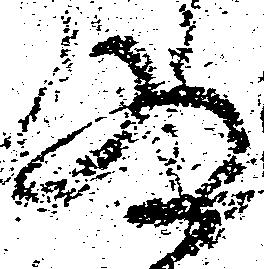
為